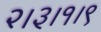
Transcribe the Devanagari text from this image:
२।३।१।९